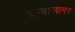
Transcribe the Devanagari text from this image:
अम्बासागर